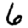
Digit: 6